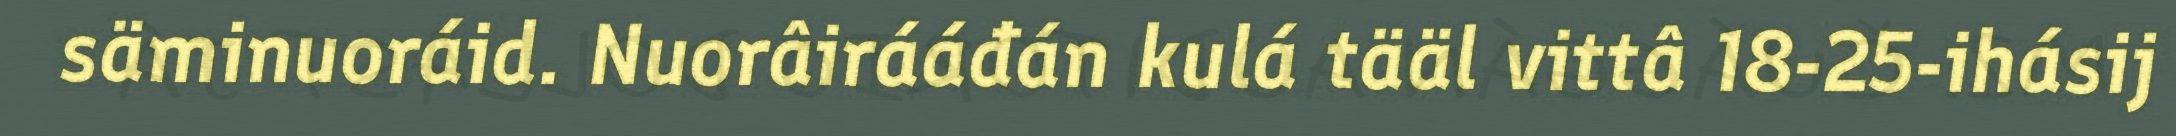
säminuoráid. Nuorâirááđán kulá tääl vittâ 18-25-ihásij